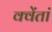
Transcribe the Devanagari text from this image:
क्वेंतां